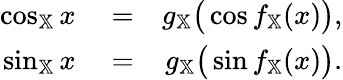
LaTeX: \begin{array}{rlr}{\cos_{\mathbb{X}}x}&{{}=}&{g_{\mathbb{X}}\big(\cos f_{\mathbb{X}}(x)\big),}\\ {\sin_{\mathbb{X}}x}&{{}=}&{g_{\mathbb{X}}\big(\sin f_{\mathbb{X}}(x)\big).}\end{array}